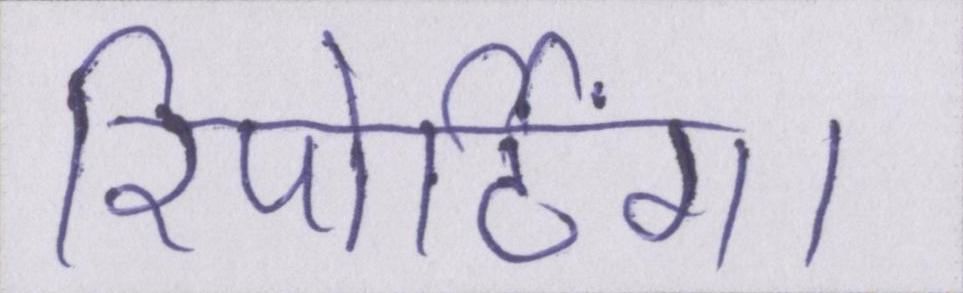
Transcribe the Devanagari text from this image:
रिपोर्टिंग।